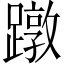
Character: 蹾